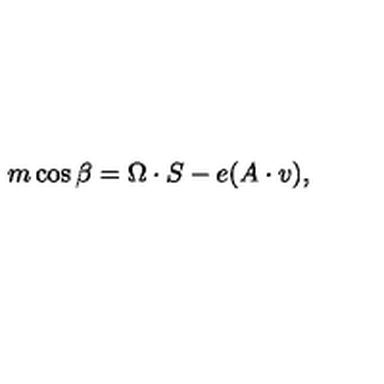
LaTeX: m \cos { \beta } = \Omega \cdot S - e ( A \cdot v ) ,